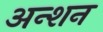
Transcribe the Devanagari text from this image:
अन्शन